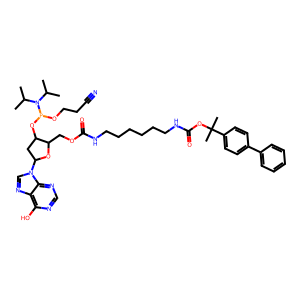
SMILES: CC(C)N(C(C)C)P(OCCC#N)OC1CC(n2cnc3c(O)ncnc32)OC1COC(=O)NCCCCCCNC(=O)OC(C)(C)c1ccc(-c2ccccc2)cc1
Inhibits HIV replication: No